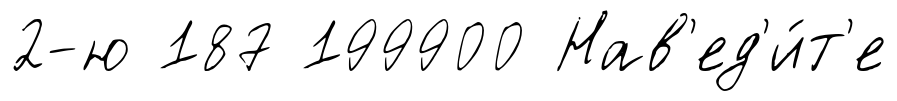
2-ю 187 199900 Нав'ед'и́т'е